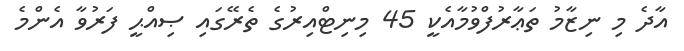
އާދެ މި ނިޒާމު ތަޢާރުފްވުމާއެކީ 45 މިނިޓްއިރުގެ ތެރޭގައި ޞިއްޙީ ފަރުވާ އެންމެ